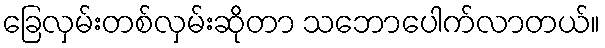
ခြေလှမ်းတစ်လှမ်းဆိုတာ သဘောပေါက်လာတယ်။